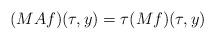
LaTeX: \begin{align*}(MAf)(\tau,y)=\tau(Mf)(\tau,y)\end{align*}